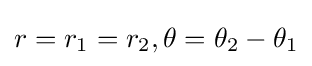
r=r_{1}=r_{2},\theta =\theta _{2}-\theta _{1}